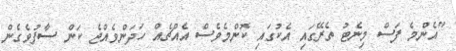
"އެންމެ ފަސް މިނެޓު ތެރޭގައި އެކުގައި ކޮންމެވެސް އެއްޗެއް ހަދަންވެއްޖެ ކަން ސާފުވެގެން